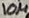
Text: 10µ